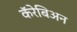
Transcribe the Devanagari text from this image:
कॅरेबिअन